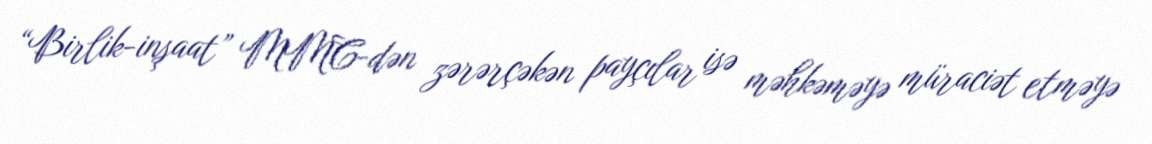
“Birlik-inşaat” MMC-dən zərərçəkən payçılar isə məhkəməyə müraciət etməyə